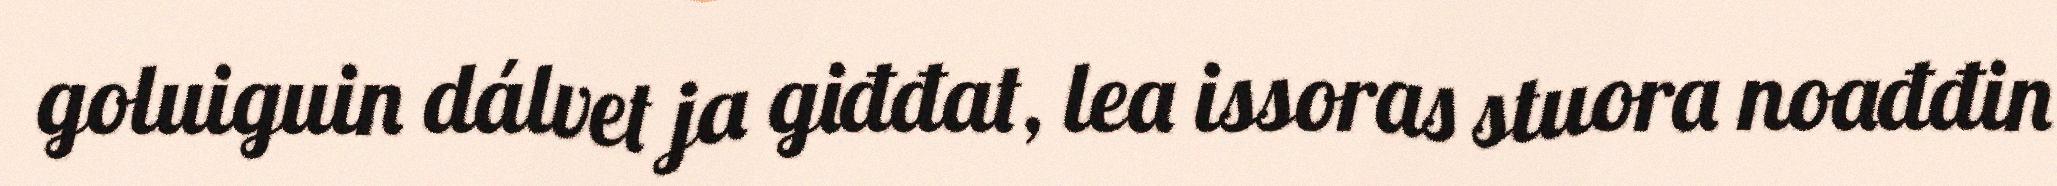
goluiguin dálvet ja giđđat, lea issoras stuora noađđin